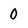
Character: 0